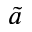
\tilde { a }